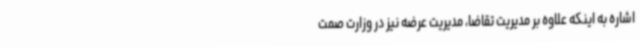
اشاره به اینکه علاوه بر مدیریت تقاضا، مدیریت عرضه نیز در وزارت صمت